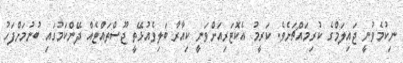
ނިކުމެވުނީ ޖައިލަމްގެ ކުރިމައްޗަށެވެ. ކަރީމު އެކޮޓަރިއަށްވަނީ ކިއާރާ ބަލިވެއުޅޭތީ ޖޫސްތައްޓެއް ދޭންކަމުގައި ބުނުމަށްފަހު